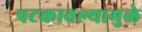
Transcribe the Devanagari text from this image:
पटकावल्यामुळे